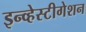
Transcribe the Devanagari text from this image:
इन्व्हेस्टीगेशन